Vaccination in the Punjab 1919-1929 - 1919-1929
Year: 1919
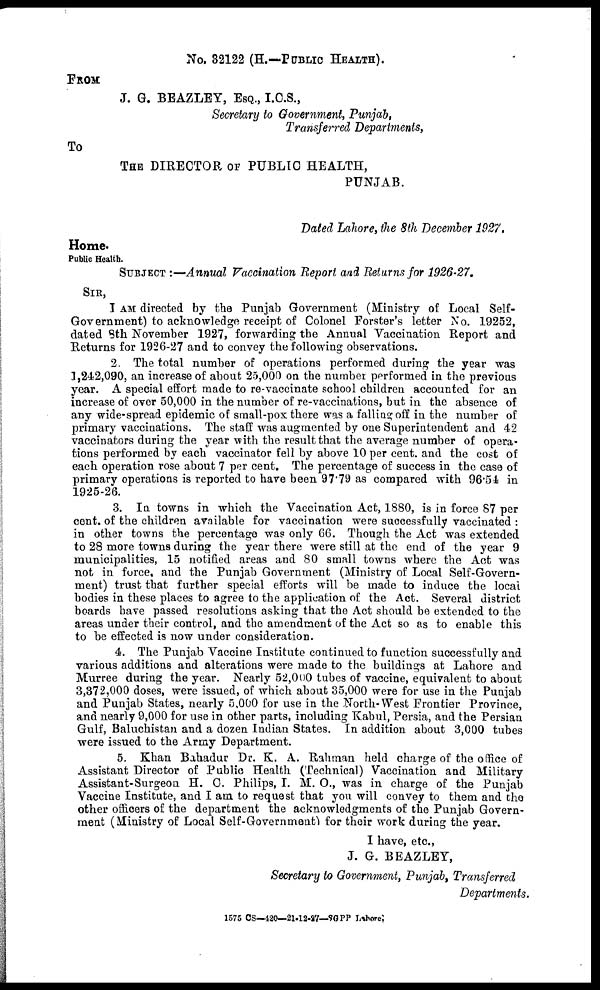
No. 32122 (H.—PUBLIC HEALTH).
FROM
J. G. BEAZLEY, ESQ., I.C.S.,
Secretary to Government, Punjab,
Transferred Departments,
To
THE DIRECTOR OF PUBLIC HEALTH,
PUNJAB.
Dated Lahore, the 8th December 1927.
Home.
Public Health.
SUBJECT :—Annual Vaccination Report and Returns for 1926-27.
SIR,
I AM directed by the Punjab Government (Ministry of Local Self-
Government) to acknowledge receipt of Colonel Forster's letter No. 19252,
dated 8th November 1927, forwarding the Annual Vaccination Report and
Returns for 1926-27 and to convey the following observations.
2. The total number of operations performed during the year was
1,242,090, an increase of about 25,000 on the number performed in the previous
year. A special effort made to re-vaccinate school children accounted for an
increase of over 50,000 in the number of re-vaccinations, but in the absence of
any wide-spread epidemic of small-pox there was a falling off in the number of
primary vaccinations. The staff was augmented by one Superintendent and 42
vaccinators during the year with the result that the average number of opera-
tions performed by each vaccinator fell by above 10 per cent. and the cost of
each operation rose about 7 per cent. The percentage of success in the case of
primary operations is reported to have been 97.79 as compared with 96.54 in
1925-26.
3. In towns in which the Vaccination Act, 1880, is in force 87 per
cent. of the children available for vaccination were successfully vaccinated :
in other towns the percentage was only 66. Though the Act was extended
to 28 more towns during the year there were still at the end of the year 9
municipalities, 15 notified areas and 80 small towns where the Act was
not in force, and the Punjab Government (Ministry of Local Self-Govern-
ment) trust that further special efforts will be made to induce the local
bodies in these places to agree to the application of the Act. Several district
boards have passed resolutions asking that the Act should be extended to the
areas under their control, and the amendment of the Act so as to enable this
to be effected is now under consideration.
4. The Punjab Vaccine Institute continued to function successfully and
various additions and alterations were made to the buildings at Lahore and
Murree during the year. Nearly 52,000 tubes of vaccine, equivalent to about
3,372,000 doses, were issued, of which about 35,000 were for use in the Punjab
and Punjab States, nearly 5,000 for use in the North-West Frontier Province,
and nearly 9,000 for use in other parts, including Kabul, Persia, and the Persian
Gulf, Baluchistan and a dozen Indian States. In addition about 3,000 tubes
were issued to the Army Department.
5. Khan Bahadur Dr. K. A. Rahman held charge of the office of
Assistant Director of Public Health (Technical) Vaccination and Military
Assistant-Surgeon H. C. Philips, I. M. O., was in charge of the Punjab
Vaccine Institute, and I am to request that you will convey to them and the
other officers of the department the acknowledgments of the Punjab Govern-
ment (Ministry of Local Self-Governments for their work during the year.
I have, etc.,
J. G. BEAZLEY,
Secretary to Government, Punjab, Transferred
Departments
1575 CS—420—21-12-27—SGPP Lahore